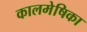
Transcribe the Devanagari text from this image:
कालमेषिका